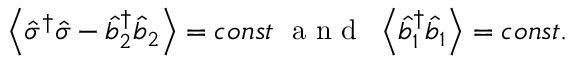
\left\langle \hat { \sigma } ^ { \dagger } \hat { \sigma } - \hat { b } _ { 2 } ^ { \dagger } \hat { b } _ { 2 } \right\rangle = c o n s t \mathrm { ~ \ a ~ n ~ d ~ \ } \left\langle \hat { b } _ { 1 } ^ { \dagger } \hat { b } _ { 1 } \right\rangle = c o n s t .